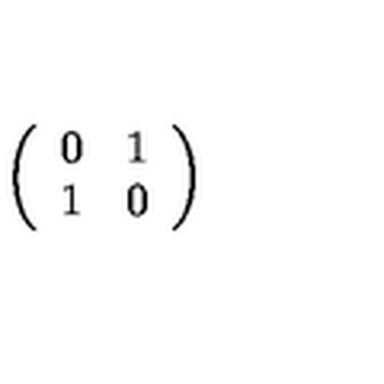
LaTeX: \left( \begin{array} { c c } { 0 } & { 1 } \\ { 1 } & { 0 } \\ \end{array} \right)